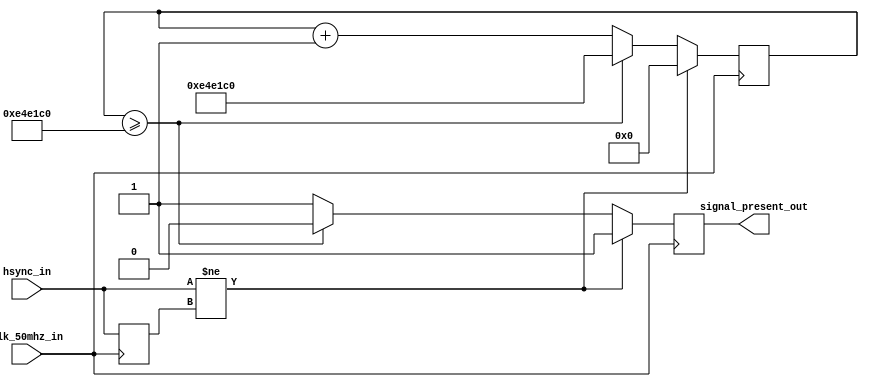
module signal_detector (
	input clk_50mhz_in,
	input hsync_in,
	output signal_present_out);
	
reg [31:0] keepalive = 0;
reg signal_present = 1'b0;

reg last_hsync_in = 1'b1;

assign signal_present_out = signal_present;

parameter signal_present_threshold = 15000000;

always @ (posedge clk_50mhz_in) begin
	if(hsync_in != last_hsync_in) begin
		signal_present <= 1'b1;
		keepalive <= 0;
	end else begin
		keepalive <= keepalive + 1'b1;
		if(keepalive >= signal_present_threshold) begin
			keepalive <= signal_present_threshold;
			signal_present <= 1'b0;
		end else begin
			signal_present <= 1'b1;
		end
	end
	last_hsync_in <= hsync_in;
end

endmodule